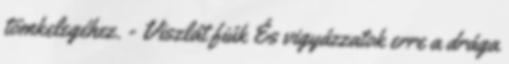
tömkelegéhez. - Viszlát fiúk És vigyázzatok erre a drága